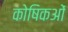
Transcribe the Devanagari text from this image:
कोषिकओं